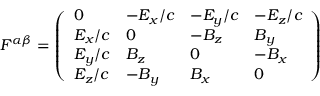
F ^ { \alpha \beta } = { \left( \begin{array} { l l l l } { 0 } & { - E _ { x } / c } & { - E _ { y } / c } & { - E _ { z } / c } \\ { E _ { x } / c } & { 0 } & { - B _ { z } } & { B _ { y } } \\ { E _ { y } / c } & { B _ { z } } & { 0 } & { - B _ { x } } \\ { E _ { z } / c } & { - B _ { y } } & { B _ { x } } & { 0 } \end{array} \right) }